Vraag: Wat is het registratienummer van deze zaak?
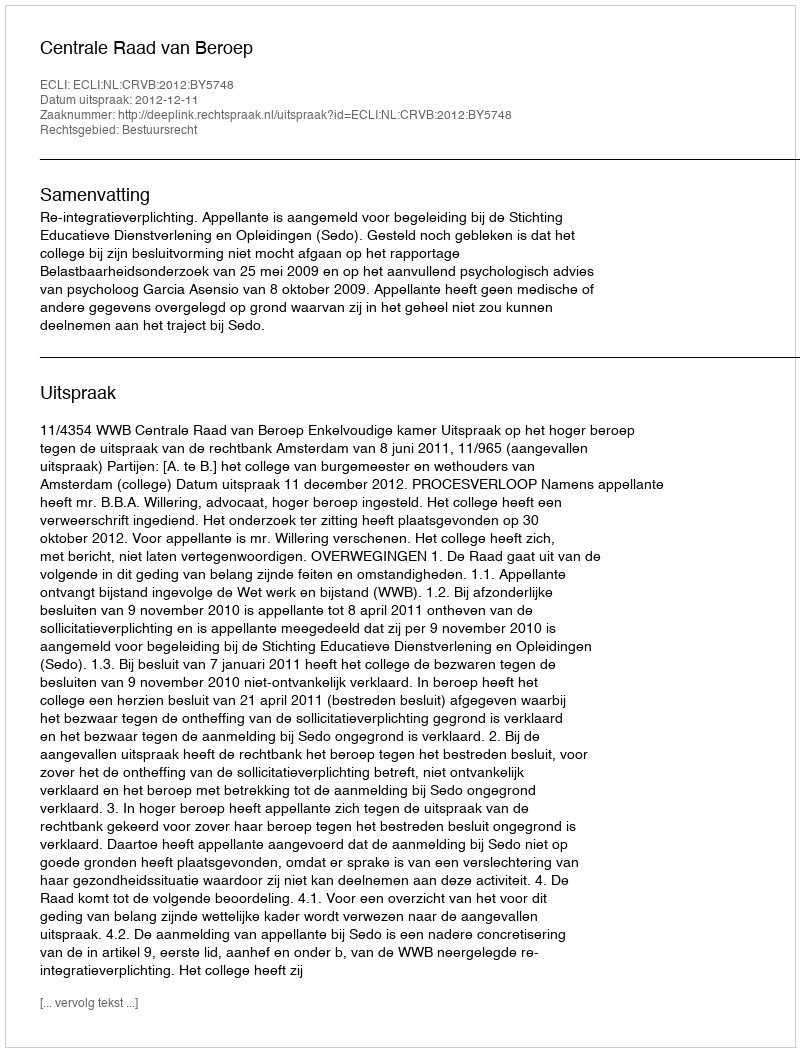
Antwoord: http://deeplink.rechtspraak.nl/uitspraak?id=ECLI:NL:CRVB:2012:BY5748